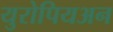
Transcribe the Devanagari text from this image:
युरोपियअन